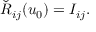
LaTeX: \check { R } _ { i j } ( u _ { 0 } ) = I _ { i j } .